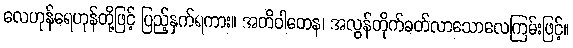
လေဟုန်ရေဟုန်တို့ဖြင့် ပြည့်နှက်ရကား။ အတိဝါတေန၊ အလွန်တိုက်ခတ်လာသောလေကြမ်းဖြင့်။